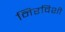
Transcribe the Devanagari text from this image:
निरविशी